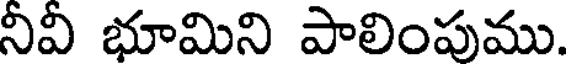
నీవీ భూమిని పాలింపుము.